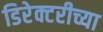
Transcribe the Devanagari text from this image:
डिरेक्टरीच्या